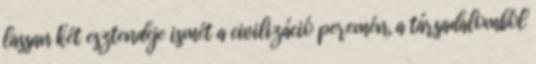
lassan két esztendeje ismét a civilizáció peremén, a társadalomból